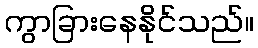
ကွာခြားနေနိုင်သည်။